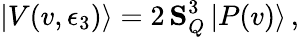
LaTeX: |V(v,\epsilon_{3})\rangle=2\, {\mathbf S}_{Q}^{3}\, |P(v)\rangle\, ,